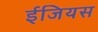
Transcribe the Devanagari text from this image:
ईजियस